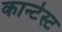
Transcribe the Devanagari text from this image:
कान्टेस्ट